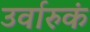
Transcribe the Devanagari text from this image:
उर्वारुकं